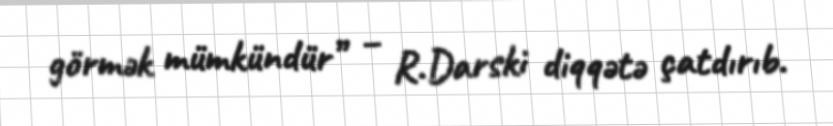
görmək mümkündür” – R.Darski diqqətə çatdırıb.